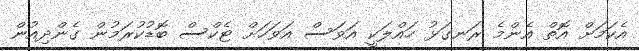
އެކަމަށް އޮތް އެންމެ ރަނގަޅު ހައްލަކީ އަވަސް އަވަހަށް ޓެކްސް ބޮޑުކުރަމުން ގެންދިއުން